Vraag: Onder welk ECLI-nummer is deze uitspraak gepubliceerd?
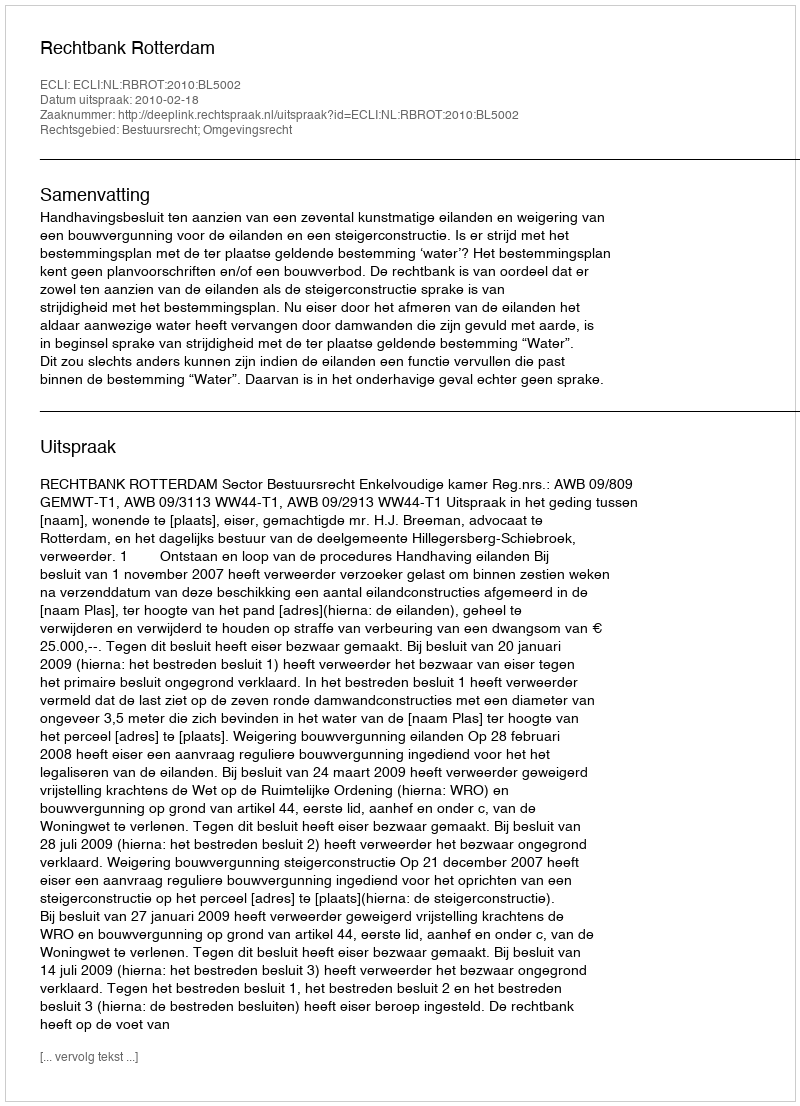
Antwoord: ECLI:NL:RBROT:2010:BL5002